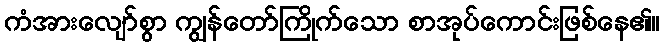
ကံအားလျော်စွာ ကျွန်တော်ကြိုက်သော စာအုပ်ကောင်းဖြစ်နေ၏။